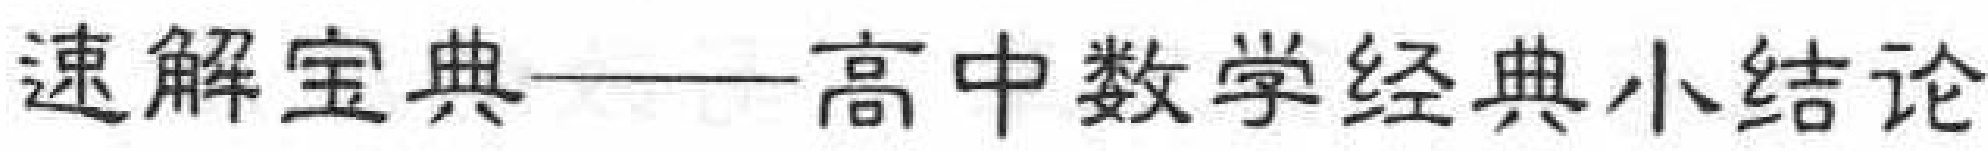
速解宝典——高中数学经典小结论